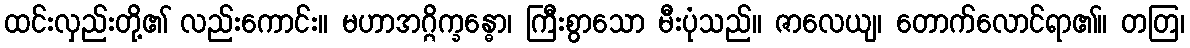
ထင်းလှည်းတို့၏ လည်းကောင်း။ မဟာအဂ္ဂိက္ခန္ဓော၊ ကြီးစွာသော မီးပုံသည်။ ဇာလေယျ၊ တောက်လောင်ရာ၏။ တတြ၊